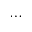
\cdots